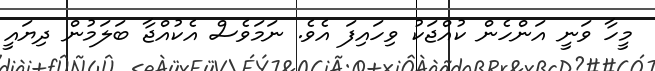
މީހާ ވަނީ އަންހެން ކުއްޖަކު ވިހައިފަ އެވެ. ނަމަވެސް އެކުއްޖާ ބަލަމުން ދިޔައީ